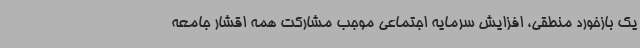
یک بازخورد منطقی، افزایش سرمایه اجتماعی موجب مشارکت همه اقشار جامعه